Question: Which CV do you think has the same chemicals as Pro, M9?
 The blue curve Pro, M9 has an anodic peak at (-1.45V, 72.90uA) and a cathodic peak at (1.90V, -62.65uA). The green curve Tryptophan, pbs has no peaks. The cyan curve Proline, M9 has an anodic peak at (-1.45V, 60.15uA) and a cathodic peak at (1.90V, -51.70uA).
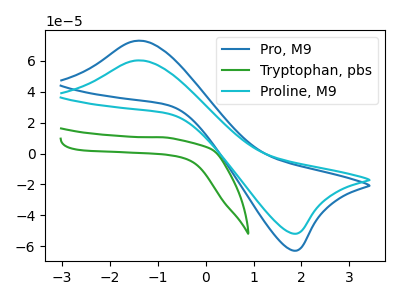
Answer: <think>"Pro, M9" and "Tryptophan, pbs" have a different number of peaks. All the peaks in "Pro, M9" have a peak in "Proline, M9" at the same potential. Every peak in "Pro, M9" is higher than every peak in "Proline, M9". "Tryptophan, pbs" and "Proline, M9" have a different number of peaks.
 </think>
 <answer>The CV with the most similar shape to "Proline, M9" is "Pro, M9".</answer>
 <eval>"Pro, M9"</eval>